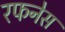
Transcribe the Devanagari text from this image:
रफनेस